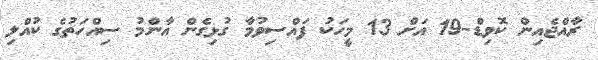
ރާއްޖެއިން ކޮވިޑް-19 އަށް 13 މީހަކު ފައްސިވުމާ ގުޅިގެން އާންމު ސިއްހަތުގެ ކުއްލި